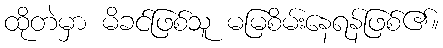
ထိုတဲမှာ မိခင်ဖြစ်သူ မမြစိမ်းနေရန်ဖြစ်၏။